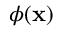
\phi ( \ensuremath { \mathbf { x } } )